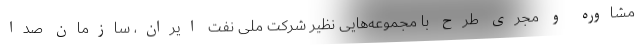
مشاوره و مجری طرح با مجموعه‌هایی نظیر شرکت ملی نفت ایران، سازمان صدا